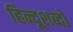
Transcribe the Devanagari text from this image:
हिन्दूशब्दों